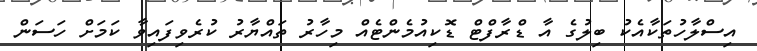
އިސްލާހުތަކާއެކު ބިލުގެ އާ ޑްރާފްޓް ޑޮކިއުމެންޓެއް މިހާރު ތައްޔާރު ކުރެވިފައިވާ ކަމަށް ހަސަން